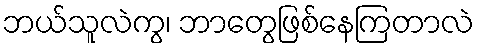
ဘယ်သူလဲကွ၊ ဘာတွေဖြစ်နေကြတာလဲ